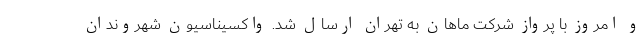
و امروز با پرواز شرکت ماهان به تهران ارسال شد. واکسیناسیون شهروندان